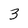
Character: 3